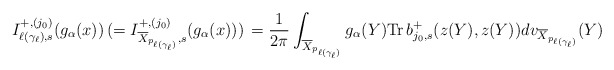
\begin{align*}I_{\ell(\gamma_\ell),s}^{+,(j_0)}(g_\alpha(x))\,(=I_{\overline X_{p_{\ell(\gamma_\ell)}},s}^{+,(j_0)}(g_\alpha(x)))\,=\frac{1}{2\pi}\int_{\overline X_{p_{\ell(\gamma_\ell)}}}g_\alpha(Y)\mathrm{Tr}\,b_{j_0,s}^+(z(Y), z(Y))dv_{\overline X_{p_{\ell(\gamma_\ell)}}}(Y)\end{align*}